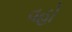
વહો